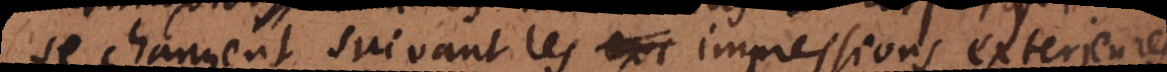
se changent suivant les impressions exterieures;